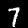
Label: 7